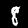
Label: 8